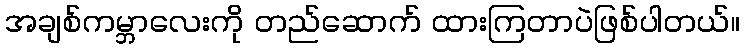
အချစ်ကမ္ဘာလေးကို တည်ဆောက် ထားကြတာပဲဖြစ်ပါတယ်။